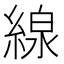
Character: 線